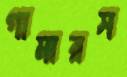
গামারস